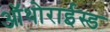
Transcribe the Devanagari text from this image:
ऑथोराईस्ड